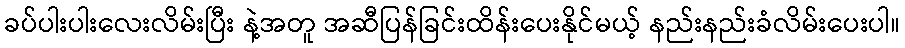
ခပ်ပါးပါးလေးလိမ်းပြီး နဲ့အတူ အဆီပြန်ခြင်းထိန်းပေးနိုင်မယ့် နည်းနည်းခံလိမ်းပေးပါ။